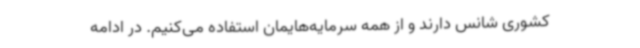
کشوری شانس دارند و از همه سرمایه‌هایمان استفاده می‌کنیم. در ادامه